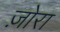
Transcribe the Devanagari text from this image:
ज़ोरा